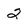
Character: 2